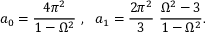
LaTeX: a _ { 0 } = { \frac { 4 \pi ^ { 2 } } { 1 - \Omega ^ { 2 } } } ~ , ~ ~ a _ { 1 } = { \frac { 2 \pi ^ { 2 } } { 3 } } ~ { \frac { \Omega ^ { 2 } - 3 } { 1 - \Omega ^ { 2 } } } .